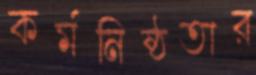
কর্মনিষ্ঠতার